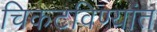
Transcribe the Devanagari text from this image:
चिकटविण्यांत